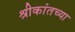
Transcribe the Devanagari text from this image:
श्रीकांतच्या